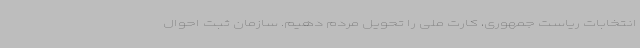
انتخابات ریاست جمهوری، کارت ملی را تحویل مردم دهیم. سازمان ثبت احوال